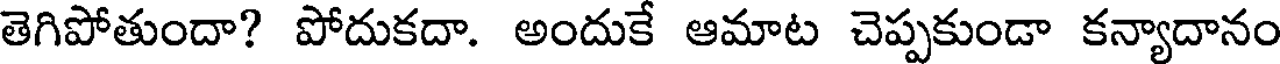
తెగిపోతుందా? పోదుకదా. అందుకే ఆమాట చెప్పకుండా కన్యాదానం